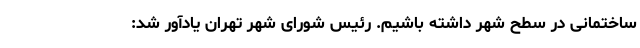
ساختمانی در سطح شهر داشته باشیم. رئیس شورای شهر تهران یادآور شد: